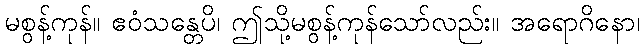
မစွန့်ကုန်။ ဧဝံသန္တေပိ၊ ဤသို့မစွန့်ကုန်သော်လည်း။ အရောဂိနော၊